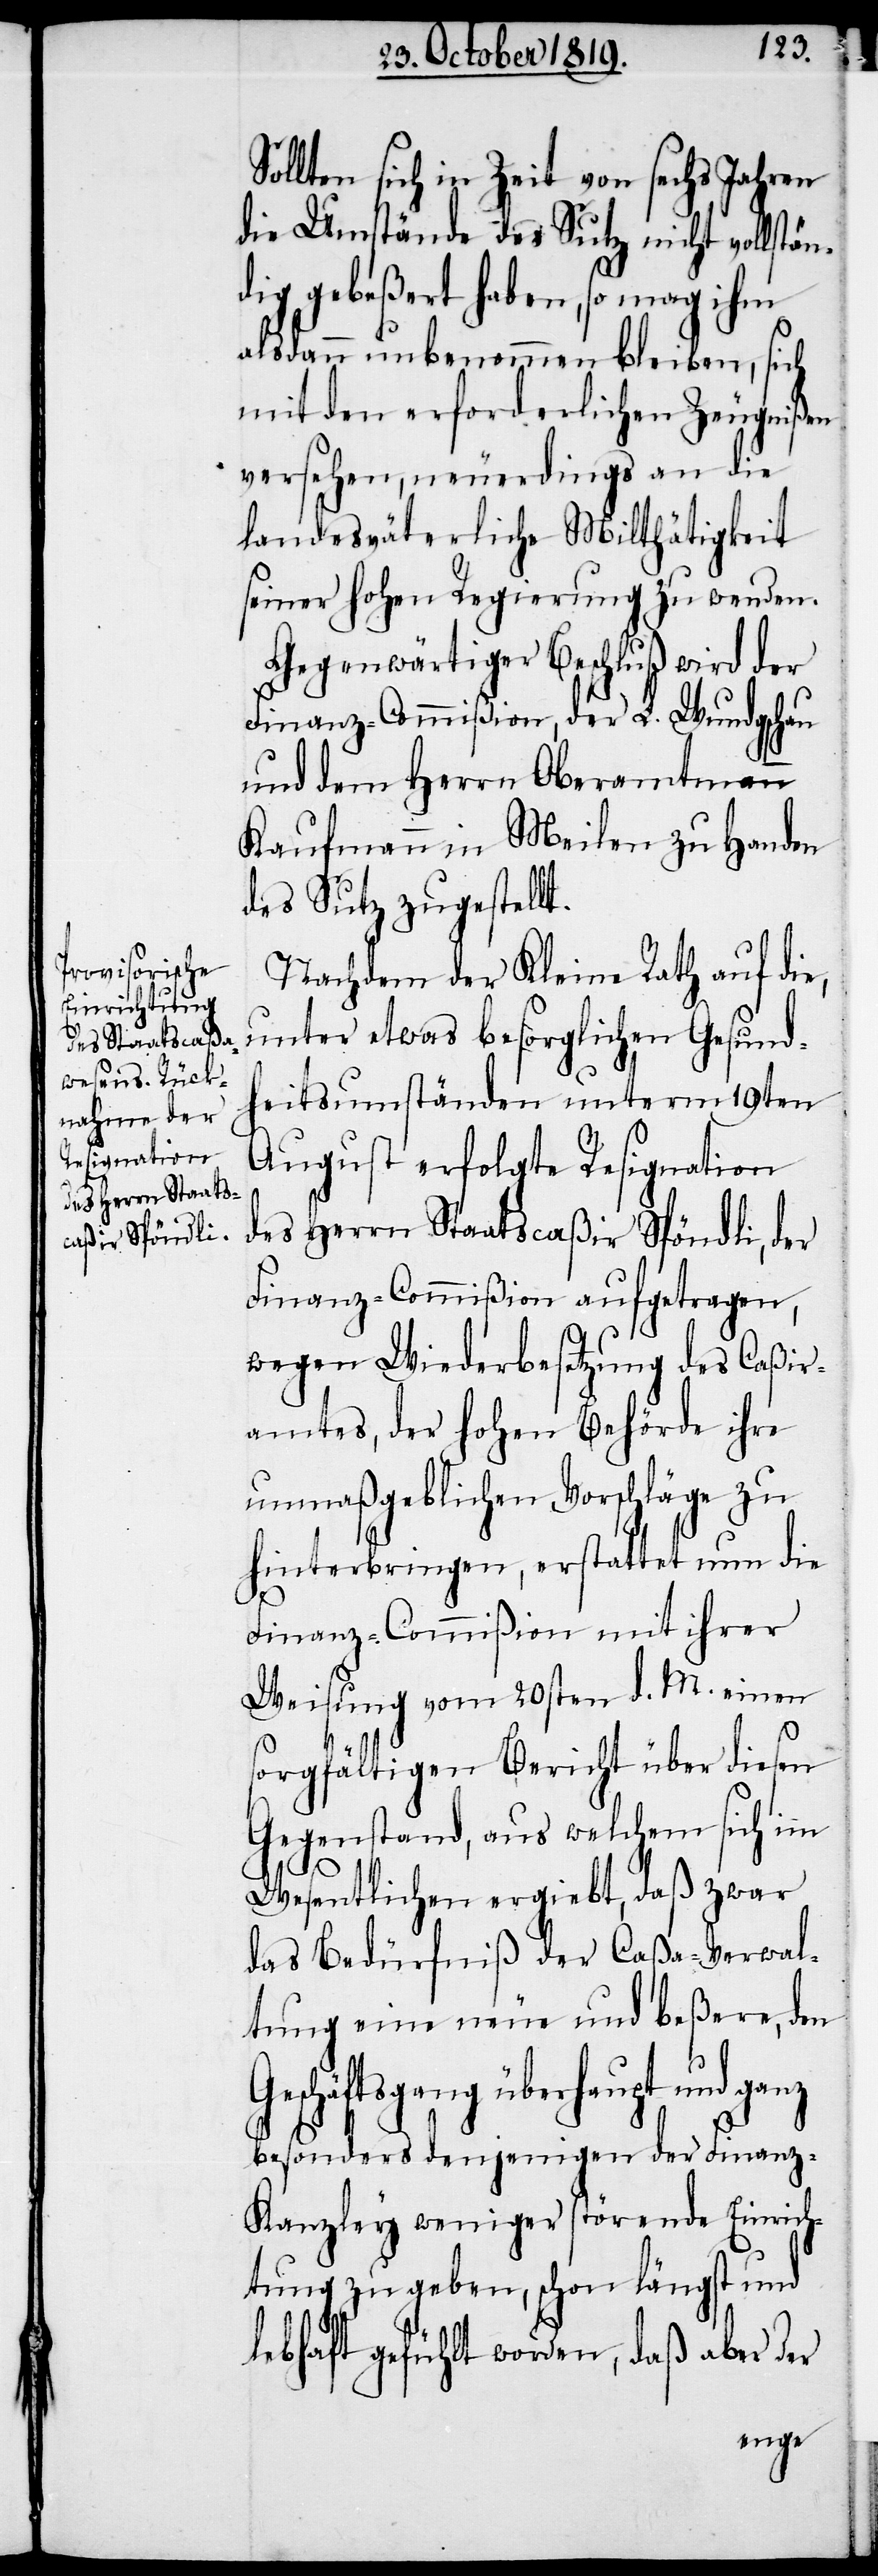
Sollten sich in Zeit von sechs Jahren
die Umstände des Sutz nicht vollstän¬
dig gebeßert haben, so mag ihm
alsdann unbenommen bleiben, sich
mit den erforderlichen Zeugnißen
versehen, neuerdings an die
landesväterliche Milthätigkeit
seiner hohen Regierung zu wenden.
Gegenwärtiger Beschluß wird der
Finanz-Commißion, der L. Wundgschau
und dem Herrn Oberamtmann
Kaufmann in Meilen zu Handen
des Sutz zugestellt.
Nachdem der Kleine Rath auf die,
heitsumständen unterm 19ten
August erfolgte Resignation
des Herrn Staatscaßir Spöndli, der
Finanz-Commißion aufgetragen,
wegen Wiederbesetzung des Caßir¬
amtes, der hohen Behörde ihre
unmaßgeblichen Vorschläge zu
hinterbringen, erstattet nun die
Finanz-Commißion mit ihrer
Weisung vom 20sten d. M. einen
sorgfältigen Bericht über diesen
Gegenstand, aus welchem sich im
Wesentlichen ergiebt, daß zwar
das Bedürfniß der Caßa-Verwal¬
tung eine neue und beßere, den
Geschäftsgang überhaupt und
besonders denjenigen der Finanz-K¬
anzley weniger störende Einrich¬
tung zu geben, schon längst und
lebhaft gefühlt worden, daß aber der
Gesund¬